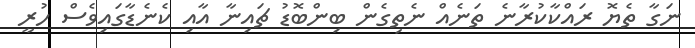
ނަގާ ތެޔޮ ރައްކާކުރާނެ ތަނެއް ނެތިގެން ބިންބޮޑު ޗައިނާ އާއި ކެނެޑާގައިވެސް ހުރީ